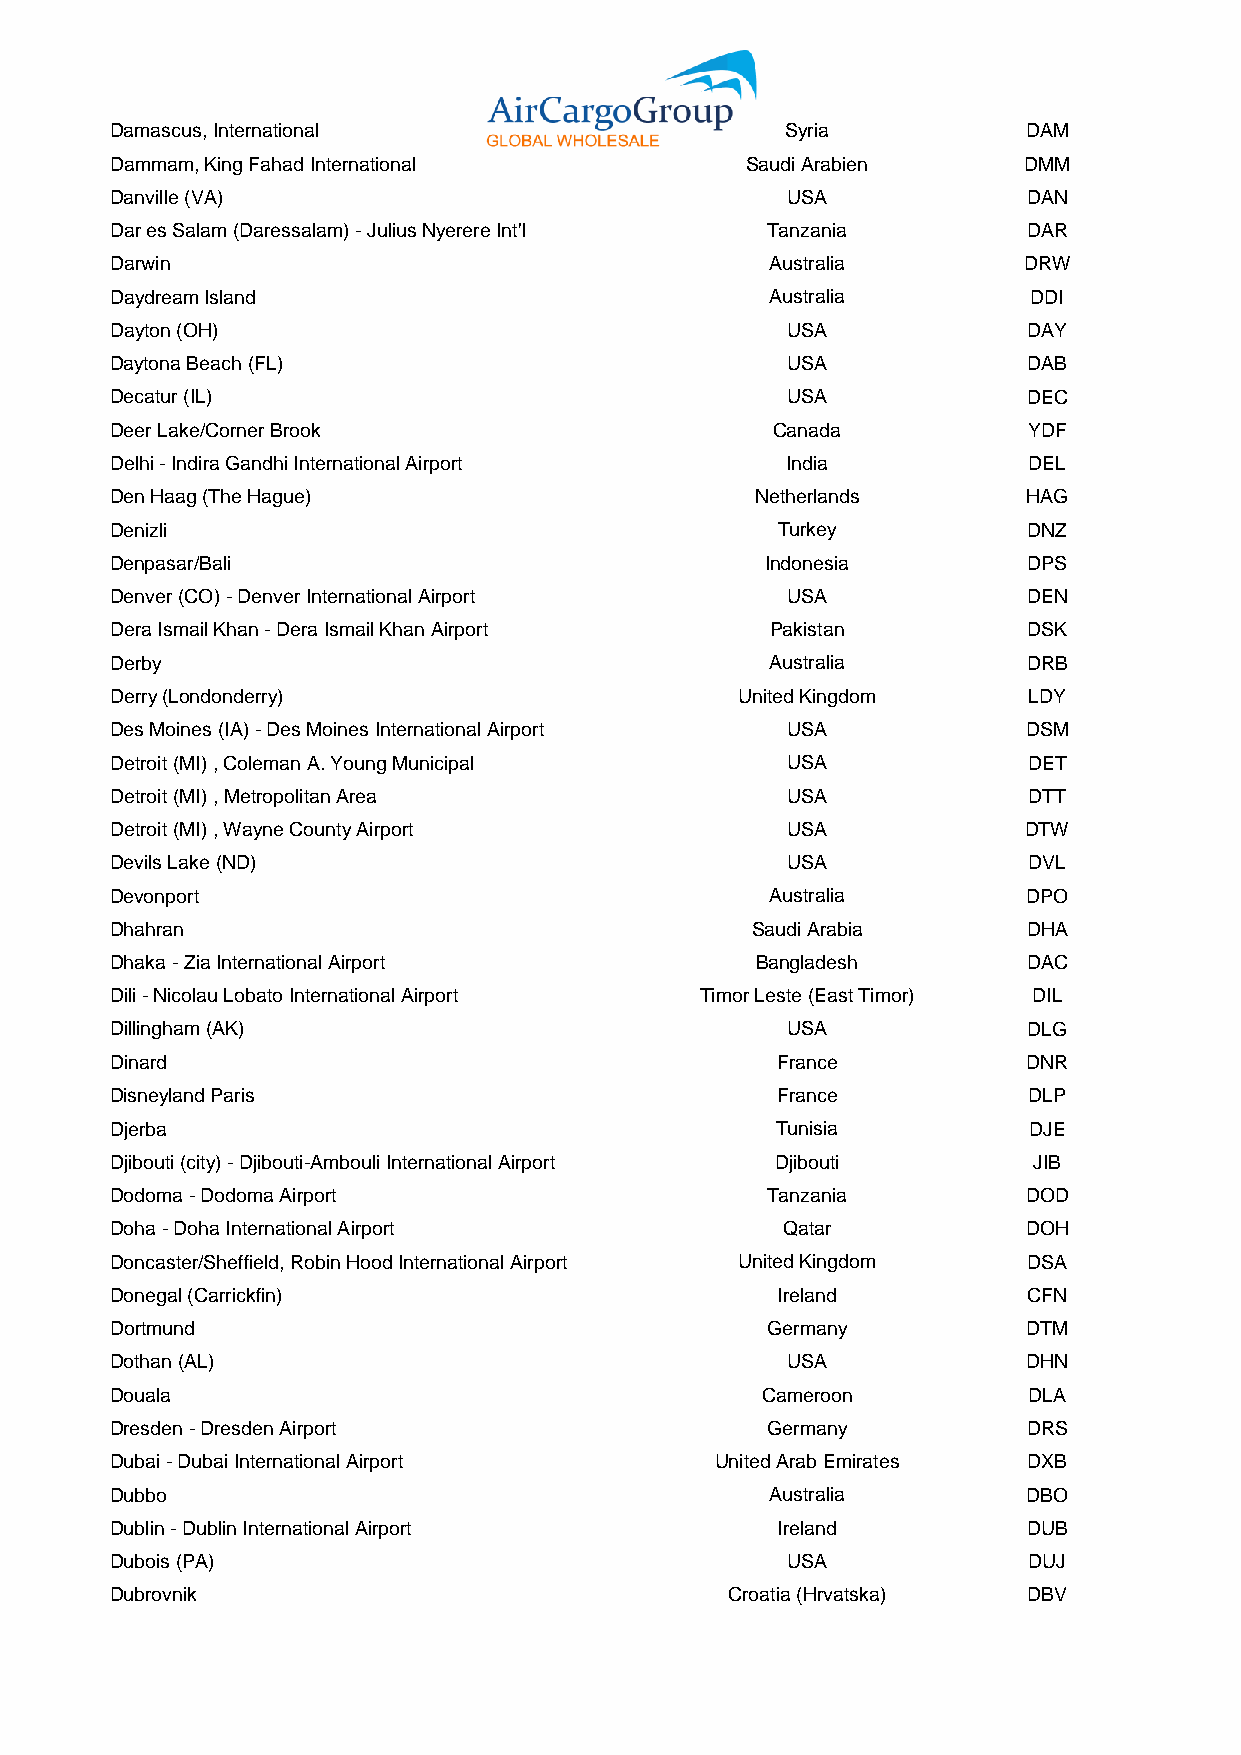
Damascus, International                      Syria           DAM
 Dammam, King Fahad International          Saudi Arabien      DMM
 Danville (VA)                                USA             DAN
 Dar es Salam (Daressalam) - Julius Nyerere Int'l Tanzania    DAR
 Darwin                                      Australia        DRW
 Daydream Island                             Australia        DDI
 Dayton (OH)                                  USA             DAY
 Daytona Beach (FL)                           USA             DAB
 Decatur (IL)                                 USA             DEC
 Deer Lake/Corner Brook                      Canada           YDF
 Delhi - Indira Gandhi International Airport  India           DEL
 Den Haag (The Hague)                       Netherlands       HAG
 Denizli                                     Turkey           DNZ
 Denpasar/Bali                               Indonesia        DPS
 Denver (CO) - Denver International Airport   USA             DEN
 Dera Ismail Khan - Dera Ismail Khan Airport Pakistan         DSK
 Derby                                       Australia        DRB
 Derry (Londonderry)                       United Kingdom     LDY
 Des Moines (IA) - Des Moines International Airport USA       DSM
 Detroit (MI) , Coleman A. Young Municipal    USA             DET
 Detroit (MI) , Metropolitan Area             USA             DTT
 Detroit (MI) , Wayne County Airport          USA             DTW
 Devils Lake (ND)                             USA             DVL
 Devonport                                   Australia        DPO
 Dhahran                                    Saudi Arabia      DHA
 Dhaka - Zia International Airport          Bangladesh        DAC
 Dili - Nicolau Lobato International Airport Timor Leste (East Timor) DIL
 Dillingham (AK)                              USA             DLG
 Dinard                                      France           DNR
 Disneyland Paris                            France           DLP
 Djerba                                      Tunisia          DJE
 Djibouti (city) - Djibouti-Ambouli International Airport Djibouti JIB
 Dodoma - Dodoma Airport                     Tanzania         DOD
 Doha - Doha International Airport            Qatar           DOH
 Doncaster/Sheffield, Robin Hood International Airport United Kingdom DSA
 Donegal (Carrickfin)                        Ireland          CFN
 Dortmund                                    Germany          DTM
 Dothan (AL)                                  USA             DHN
 Douala                                     Cameroon          DLA
 Dresden - Dresden Airport                   Germany          DRS
 Dubai - Dubai International Airport     United Arab Emirates DXB
 Dubbo                                       Australia        DBO
 Dublin - Dublin International Airport       Ireland          DUB
 Dubois (PA)                                  USA             DUJ
 Dubrovnik                                Croatia (Hrvatska)  DBV